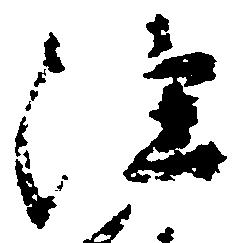
注